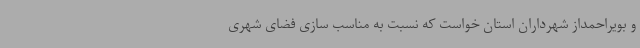
و بویراحمداز شهرداران استان خواست که نسبت به مناسب سازی فضای شهری